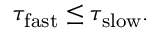
\tau _ { \mathrm { f a s t } } \le \tau _ { \mathrm { s l o w } } .